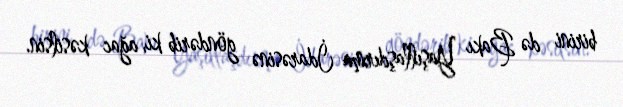
birini də Bakı Yaşıllaşdırma İdarəsinə göndərib ki, ağac kəsilsin.